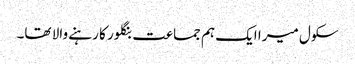
سکول میرا ایک ہم جماعت بنگلور کا رہنے والا تھا۔